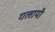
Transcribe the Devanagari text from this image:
गलायी